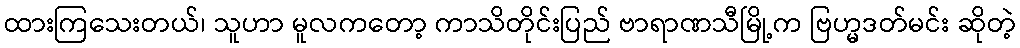
ထားကြသေးတယ်၊ သူဟာ မူလကတော့ ကာသိတိုင်းပြည် ဗာရာဏသီမြို့က ဗြဟ္မဒတ်မင်း ဆိုတဲ့